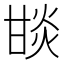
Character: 𤯇